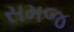
સમજ